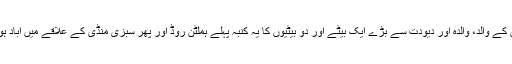
ان کے والد، والدہ اور دیودت سے بڑے ایک بیٹے اور دو بیٹیوں کا یہ کنبہ پہلے ہملٹن روڈ اور پھر سبزی منڈی کے علاقے میں آباد ہوا۔